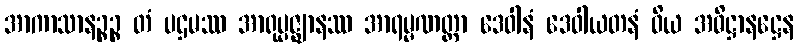
အာကာသာနဉ္စဉ္စ တံ ပဌမဿ အာရုပ္ပဇ္ဈာနဿ အာရမ္မဏတ္တာ ဒေဝါနံ ဒေဝါယတနံ ဝိယ အဓိဋ္ဌာနဋ္ဌေန